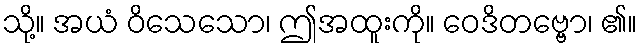
သို့။ အယံ ဝိသေသော၊ ဤအထူးကို။ ဝေဒိတဗ္ဗော၊ ၏။